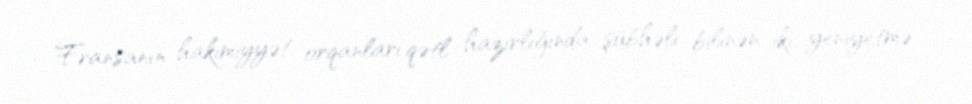
Fransanın hakimiyyət orqanları qətl hazırlığında şübhəli bilinən iki yeniyetmə